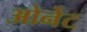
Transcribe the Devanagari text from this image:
ओर्नेट